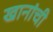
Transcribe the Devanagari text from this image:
खानांची